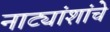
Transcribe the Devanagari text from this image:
नाट्यांशांचे